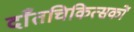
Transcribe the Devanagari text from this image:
दाँतचिकित्सकों